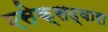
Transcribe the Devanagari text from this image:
एसेक्सद्वारा